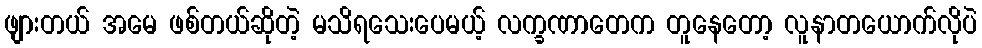
ဖျားတယ် အမေ ဖစ်တယ်ဆိုတဲ့ မသိရသေးပေမယ့် လက္ခဏာတေက တူနေတော့ လူနာတယောက်လိုပဲ